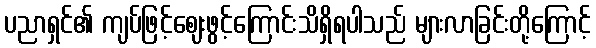
ပညာရှင်၏ ကျပ်ဖြင့်ဈေးဖွင့်ကြောင်းသိရှိရပါသည် များလာခြင်းတို့ကြောင့်